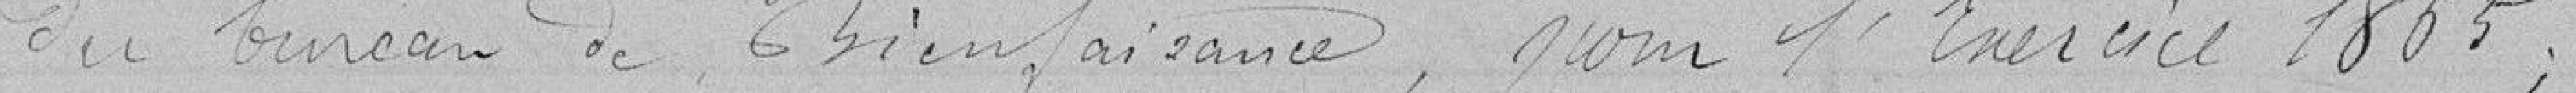
du bureau de bienfaisance, pour l'exercice 1865 ;